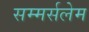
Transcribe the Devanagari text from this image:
सम्मर्सलेम